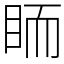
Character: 𥅡